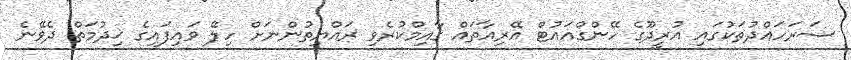
ސަރަހައްދުތަކުގައި އުރީދޫގެ ހޭންގްއައުޓް އޭރިއާތައް ގާއިމްކުރެވި ރައްޔިތުންނަށް ހިލޭ ވައިފައިގެ ޚިދުމަތް ދެވޭނެ